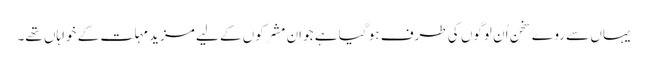
یہاں سے روے سخن اُن لوگوں کی طرف ہو گیا ہے جو اِن مشرکوں کے لیے مزید مہلت کے خواہاں تھے۔